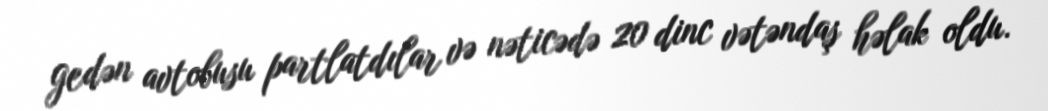
gedən avtobusu partlatdılar və nəticədə 20 dinc vətəndaş həlak oldu.